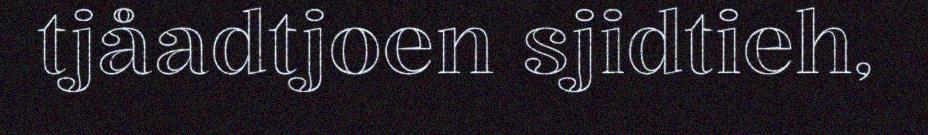
tjåadtjoen sjidtieh,